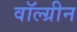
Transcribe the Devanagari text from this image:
वॉल्ग्रीन